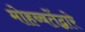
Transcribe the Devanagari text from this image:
मोहब्बतेंद्वारे